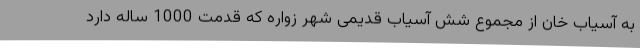
به آسیاب خان از مجموع شش آسیاب قدیمی شهر زواره که قدمت 1000 ساله دارد